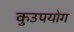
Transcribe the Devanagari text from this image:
कुउपयोग